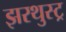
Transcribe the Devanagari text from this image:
झरथुस्ट्र